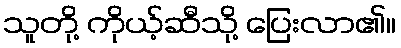
သူတို့ ကိုယ့်ဆီသို့ ပြေးလာ၏။